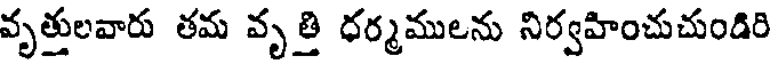
వృత్తులవారు తమ వృత్తి ధర్మములను నిర్వహించుచుండిరి